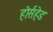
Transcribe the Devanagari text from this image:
होर्सहेड